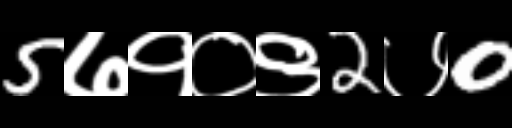
Text: 5७१०९2७0